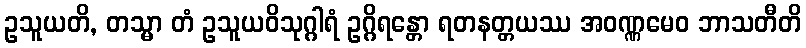
ဥသူယတိ, တသ္မာ တံ ဥသူယဝိသုဂ္ဂါရံ ဥဂ္ဂိရန္တော ရတနတ္တယဿ အဝဏ္ဏမေဝ ဘာသတီတိ